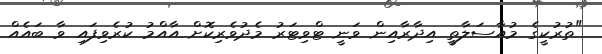
"ތުރުކީގެ މުއާސަލާތީ އިދާރާއިން ވަނީ ޓްވިޓަރު މެދުވެރިކޮށް އާއްމު ކުރެވިފައި ވާ ބައެއް